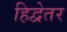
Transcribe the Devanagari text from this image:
हिद्वेतर